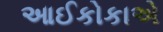
આઈકોકાએ